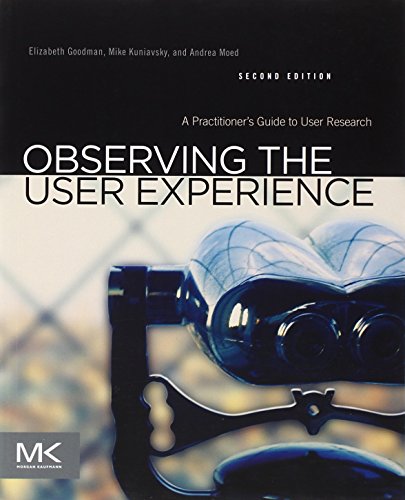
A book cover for Observing the User Experience, Second Edition: A Practitioner's Guide to User Research; Elizabeth Goodman; Computers & Technology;